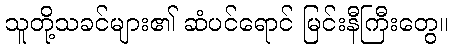
သူတို့သခင်များ၏ ဆံပင်ရောင် မြင်းနီကြီးတွေ။